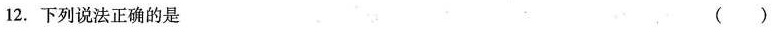
12.下列说法正确的是（）